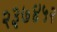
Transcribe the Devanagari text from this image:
२३७४५२